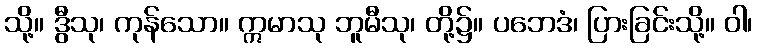
သို့။ ဒွီသု၊ ကုန်သော။ ဣမာသု ဘူမီသု၊ တို့၌။ ပဘေဒံ၊ ပြားခြင်းသို့။ ဝါ၊